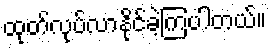
ထုတ်လုပ်လာနိုင်ခဲ့ကြပါတယ်။